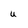
Character: U